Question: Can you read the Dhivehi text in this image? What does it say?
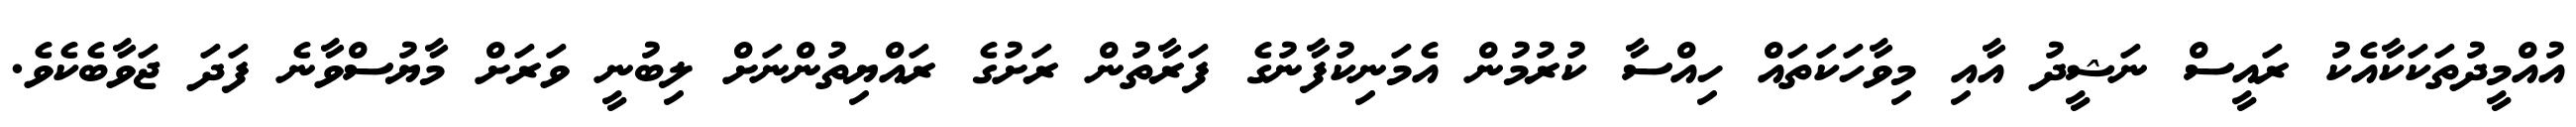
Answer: އުއްމީދުތަކަކާއެކު ރައީސް ނަޝީދު އާއި މިވާހަކަތައް ހިއްސާ ކުރުމުން އެމަނިކުފާނުގެ ފަރާތުން ރަށުގެ ރައްޔިތުންނަށް ލިބުނީ ވަރަށް މާޔުސްވާނެ ފަދަ ޖަވާބެކެވެ.